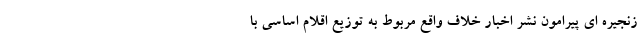
زنجیره ای پیرامون نشر اخبار خلاف واقع مربوط به توزیع اقلام اساسی با